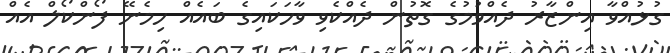
ގުޅުއްވާ އިންޒާރު ދެއްވުމުގެ ގޮތުން ދެއްކެވި ވާހަކައިގެ ބައެއް ހިމެނޭ ފޯންކޯލް އެއް